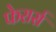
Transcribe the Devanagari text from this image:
फेरार्स